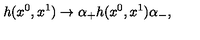
h ( x ^ { 0 } , x ^ { 1 } ) \rightarrow \alpha _ { + } h ( x ^ { 0 } , x ^ { 1 } ) \alpha _ { - } ,